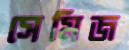
সেমিজ